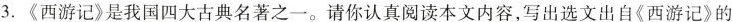
3.《西游记》是我国四大古典名著之一。请你认真阅读本文内容，写出选文出自《西游记》的